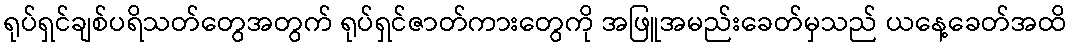
ရုပ်ရှင်ချစ်ပရိသတ်တွေအတွက် ရုပ်ရှင်ဇာတ်ကားတွေကို အဖြူအမည်းခေတ်မှသည် ယနေ့ခေတ်အထိ